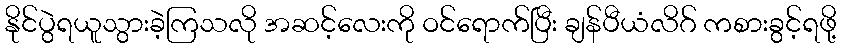
နိုင်ပွဲရယူသွားခဲ့ကြသလို အဆင့်လေးကို ဝင်ရောက်ပြီး ချန်ပီယံလိဂ် ကစားခွင့်ရဖို့